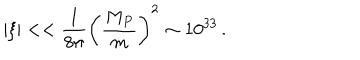
| \xi | < < \frac { 1 } { 8 \pi } \left( \frac { M _ { P } } { m } \right) ^ { 2 } \sim 1 0 ^ { 3 3 } \, .